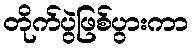
တိုက်ပွဲဖြစ်ပွားကာ